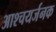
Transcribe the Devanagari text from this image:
आश्चयर्जनक